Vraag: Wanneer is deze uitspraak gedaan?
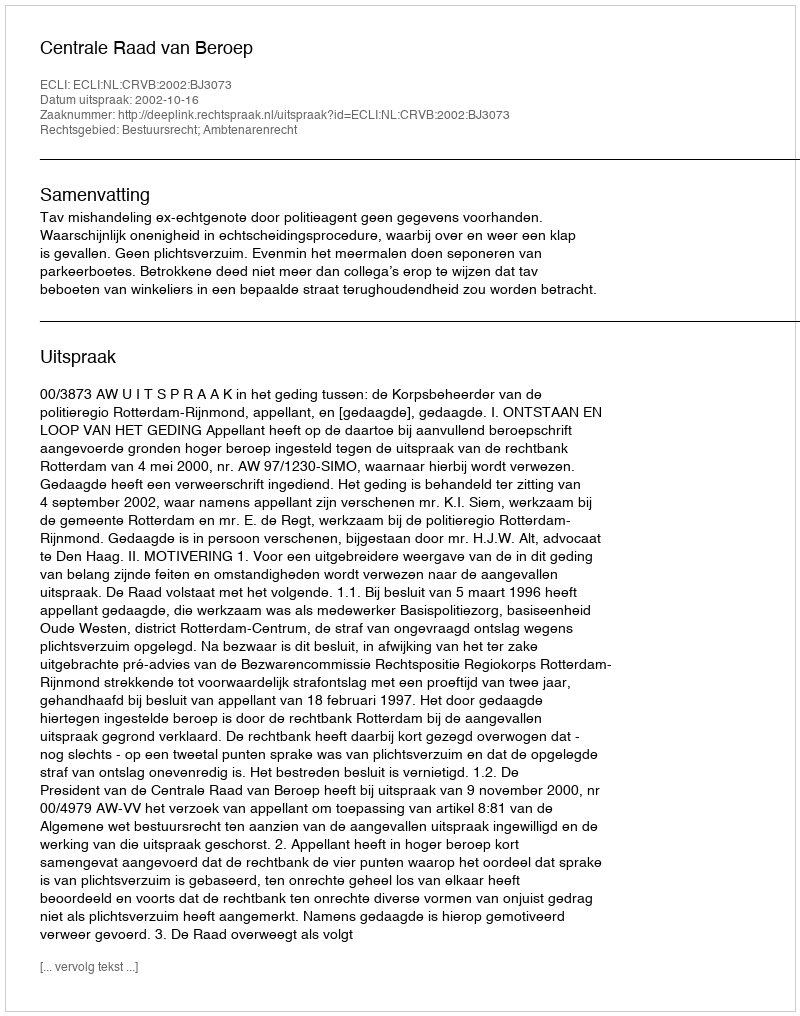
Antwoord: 2002-10-16